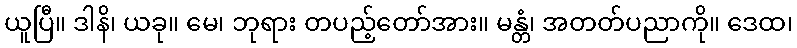
ယူပြီ။ ဒါနိ၊ ယခု။ မေ၊ ဘုရား တပည့်တော်အား။ မန္တံ၊ အတတ်ပညာကို။ ဒေထ၊